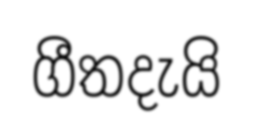
ගීතදැයි